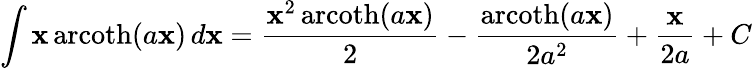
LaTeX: \int\mathbf{x}\operatorname{arcoth}(a\mathbf{x})\, d\mathbf{x}={\frac{{\mathbf{x}^{2}\operatorname{arcoth}(a\mathbf{x})}}{{2}}}-{\frac{{\operatorname{arcoth}(a\mathbf{x})}}{{2a^{2}}}}+{\frac{{\mathbf{x}}}{{2a}}}+C